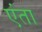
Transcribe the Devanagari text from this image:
एंता